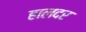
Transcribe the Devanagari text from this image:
हालदर